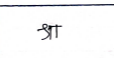
मजकूर: श्रा